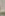
-